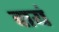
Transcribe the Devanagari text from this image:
दायं